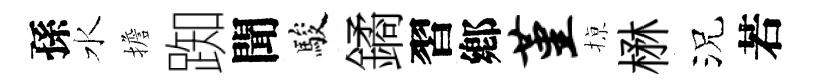
孫水擔踟聞駿鐍習鄕堇𢱊楙況若